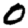
Digit: 0